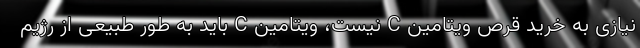
نیازی به خرید قرص ویتامین C نیست، ویتامین C باید به طور طبیعی از رژیم